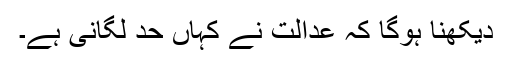
دیکھنا ہوگا کہ عدالت نے کہاں حد لگانی ہے۔